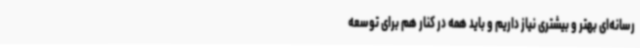
رسانه‌ای بهتر و بیشتری نیاز داریم و باید همه در کنار هم برای توسعه